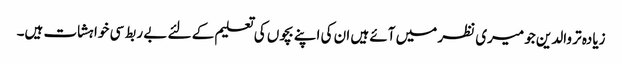
زیادہ تر والدین جو میری نظر میں آئے ہیں ان کی اپنے بچوں کی تعلیم کے لئے بے ربط سی خواہشات ہیں۔